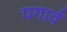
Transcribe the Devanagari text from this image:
पगार्व